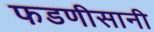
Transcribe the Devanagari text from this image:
फडणीसानी